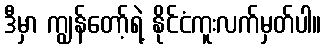
ဒီမှာ ကျွန်တော့်ရဲ့ နိုင်ငံကူးလက်မှတ်ပါ။